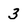
Character: 3